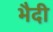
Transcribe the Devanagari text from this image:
भैदी